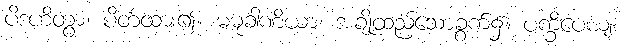
ပိဒဟိတွာ၊ ပိတ်ထား၍။ မဓုခါဏိယာ၊ အချို့ထည့်သောခွက်၌။ ပက္ခိပေယျ၊